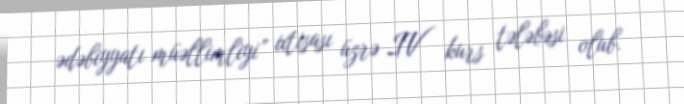
ədəbiyyatı müəllimliyi” ixtisası üzrə IV kurs tələbəsi olub.